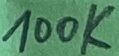
Text: 100K